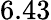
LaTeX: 6.43